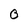
Character: 0